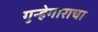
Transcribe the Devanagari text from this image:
गुन्हेगाराचा